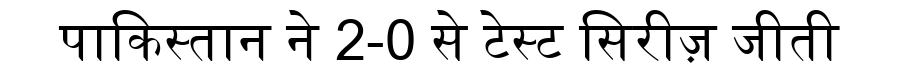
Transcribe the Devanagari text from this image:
पाकिस्तान ने 2-0 से टेस्ट सिरीज़ जीती